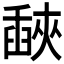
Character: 𦦕